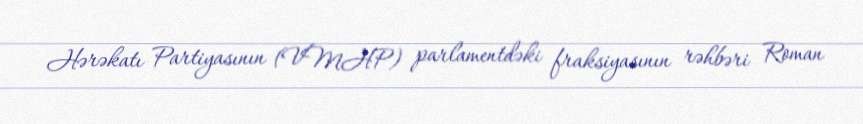
Hərəkatı Partiyasının (VMHP) parlamentdəki fraksiyasının rəhbəri Roman